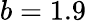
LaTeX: b=1.9